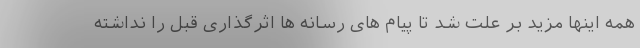
همه اینها مزید بر علت شد تا پیام های رسانه ها اثرگذاری قبل را نداشته